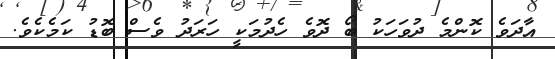
އާދަވެ ކޮންމެ ދުވަހަކު ބޯ ދޮވެ ހެދުމަކީ ހަރަދު ވެސް ބޮޑު ކަމެކެވެ.